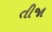
તીજા